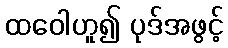
ထဝေါဟူ၍ ပုဒ်အဖွင့်